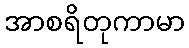
အာစရိတုကာမာ